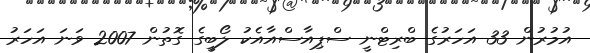
އުމުރުން 33 އަހަރުގެ ބްރިޓްނީ ސްޕިއާސްއާއެކު ލޯބީގެ ގޮތުން 2007 ވަނަ އަހަރު